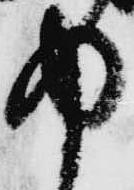
中